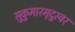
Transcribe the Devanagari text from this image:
सुकुमारमृदुस्वर